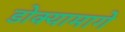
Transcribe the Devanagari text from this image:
डोक्यामागे